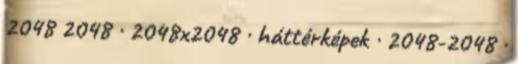
2048 2048 · 2048x2048 · háttérképek · 2048-2048 ·